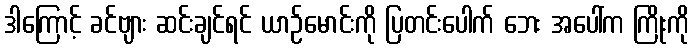
ဒါကြောင့် ခင်ဗျား ဆင်းချင်ရင် ယာဉ်မောင်းကို ပြတင်းပေါက် ဘေး အပေါ်က ကြိုးကို